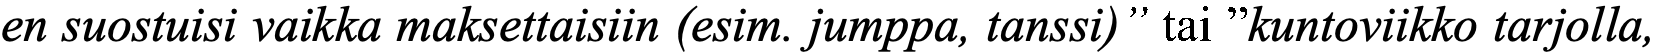
en suostuisi vaikka maksettaisiin (esim. jumppa, tanssi)” tai ”kuntoviikko tarjolla,